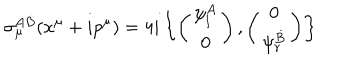
\sigma _ { \mu } ^ { A \dot { B } } ( x ^ { \mu } + i p ^ { \mu } ) = 4 i \left\{ \left( \begin{array} { c } { { \psi _ { l } ^ { A } } } \\ { { 0 } } \\ \end{array} \right) , \left( \begin{array} { c } { { 0 } } \\ { { \psi _ { r } ^ { \dot { B } } } } \\ \end{array} \right) \right\}